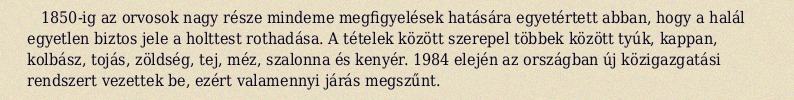
1850-ig az orvosok nagy része mindeme megfigyelések hatására egyetértett abban, hogy a halál egyetlen biztos jele a holttest rothadása. A tételek között szerepel többek között tyúk, kappan, kolbász, tojás, zöldség, tej, méz, szalonna és kenyér. 1984 elején az országban új közigazgatási rendszert vezettek be, ezért valamennyi járás megszűnt.